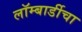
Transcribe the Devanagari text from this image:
लॉम्बार्डीचा